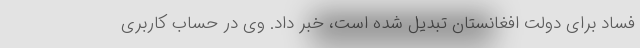
فساد برای دولت افغانستان تبدیل شده است، خبر داد. وی در حساب کاربری